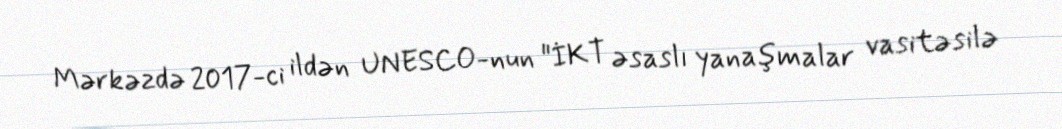
Mərkəzdə 2017-ci ildən UNESCO-nun "İKT əsaslı yanaşmalar vasitəsilə